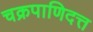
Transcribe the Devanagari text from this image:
चक्रपाणिदत्त